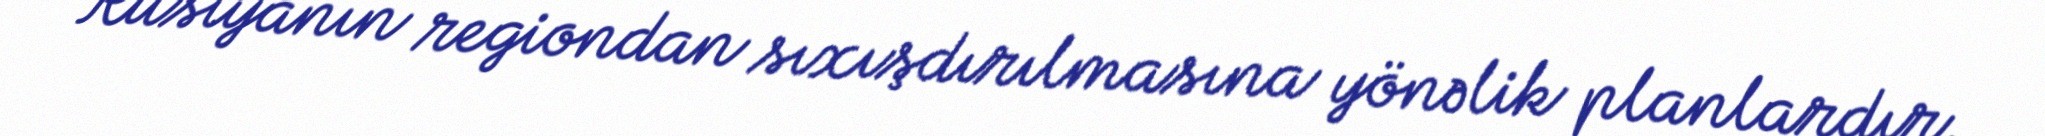
Rusiyanın regiondan sıxışdırılmasına yönəlik planlardır.